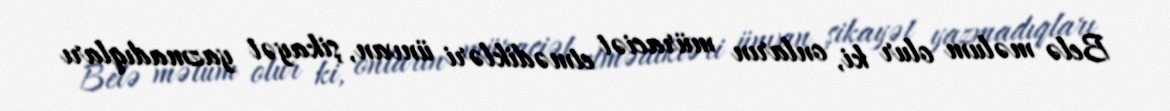
Belə məlum olur ki, onların müraciət etmədikləri ünvan, şikayət yazmadıqları